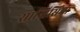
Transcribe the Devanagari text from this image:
सान्तिसिमा